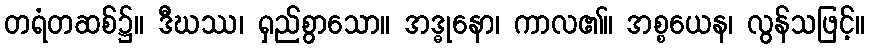
တရံတဆစ်၌။ ဒီဃဿ၊ ရှည်စွာသော။ အဒ္ဓုနော၊ ကာလ၏။ အစ္စယေန၊ လွန်သဖြင့်။